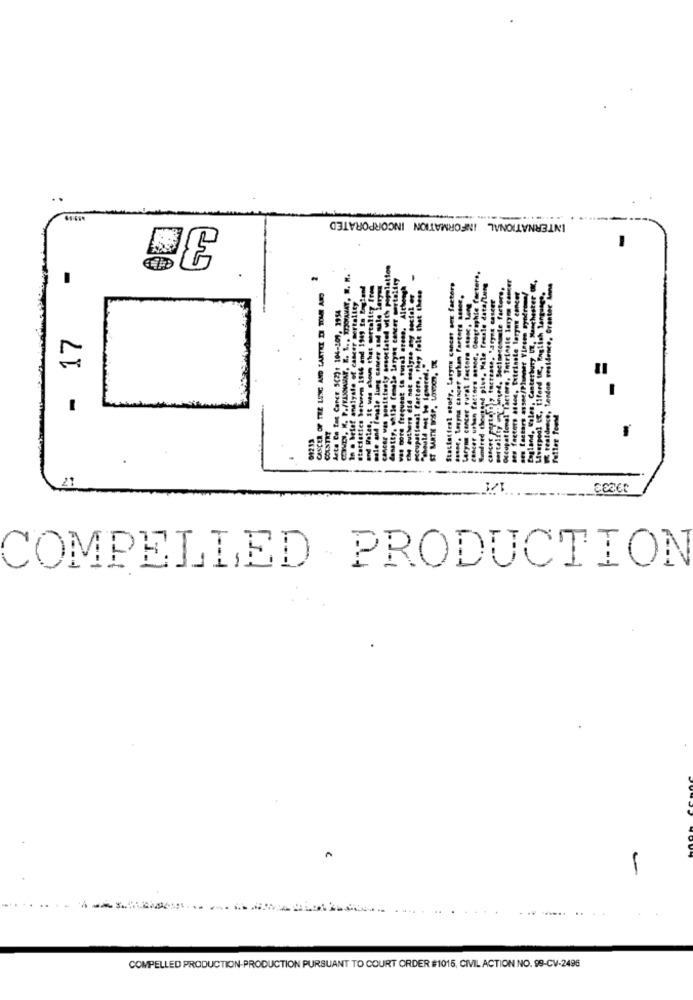
INTERNATIONAL INFORMATION INCORPORATED
50
-
e with populaties
LANTKT DI TOUR AM
reality from
no, Although
factorp
that these
ster
ence, Grantee
- 17
danstty, while female laryan
was more frequent to rural are
che authers did not only ...
Meupat fenal fartore, they fo
Statistical study, Laryn can
. Male
.. Tatrins
Extrinet
THE LING AND L
CarCE 5(2)
"should not be Igveret."
-
-
Ceupat
Cheats
21
COMPELLED PRODUCTION
COMPELLED PRODUCTION-PRODUCTION PURSUANT TO COURT ORDER #1015, CIVIL ACTION NO. 99-CV-2496